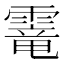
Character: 𩄱